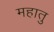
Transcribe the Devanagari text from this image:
महातु